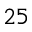
2 5